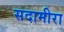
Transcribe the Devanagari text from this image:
सदामीरा